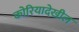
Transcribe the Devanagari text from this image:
कोरियादेखील